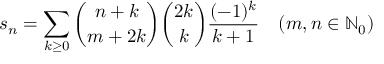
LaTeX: s _ { n } = \sum _ { k \geq 0 } { { \binom { n + k } { m + 2 k } } { \binom { 2 k } { k } } { \frac { ( - 1 ) ^ { k } } { k + 1 } } } \quad ( m , n \in \mathbb { N } _ { 0 } )